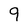
Character: q